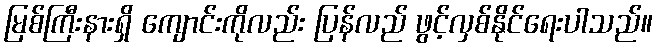
မြစ်ကြီးနားရှိ ကျောင်းကိုလည်း ပြန်လည် ဖွင့်လှစ်နိုင်ရေးပါသည်။